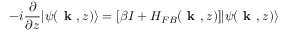
- i \frac { \partial } { \partial z } | \psi ( \textbf { k } , z ) \rangle = [ \beta I + H _ { F B } ( \textbf { k } , z ) ] | \psi ( \textbf { k } , z ) \rangle